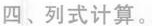
四、列式计算。